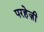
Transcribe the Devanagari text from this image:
परहेज़ी